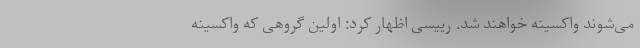
می‌شوند واکسینه خواهند شد. رییسی اظهار کرد: اولین گروهی که واکسینه